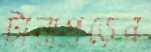
টানাপড়েন